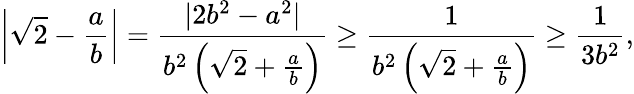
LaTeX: \left|{\sqrt{2}}-{\frac{a}{b}}\right|={\frac{|2b^{2}-a^{2}|}{b^{2}\left({\sqrt{2}}+{\frac{a}{b}}\right)}}\geq{\frac{1}{b^{2}\left({\sqrt{2}}+{\frac{a}{b}}\right)}}\geq{\frac{1}{3b^{2}}},